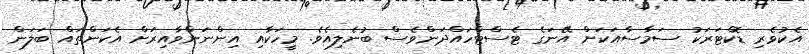
އެކުވެރި ޑޮކްޓަރަކު ސަމާސާއަކަށް އޭނަގެ ޓެސްޓްހައްދަންވެސް ބުނެލިއެވެ. މީހަކާއި އިންނަންވާއިރަށް އެކަންތައް ބަލަން